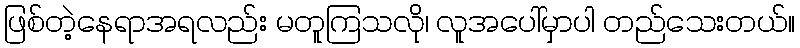
ဖြစ်တဲ့နေရာအရလည်း မတူကြသလို၊ လူအပေါ်မှာပါ တည်သေးတယ်။